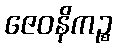
ဇေဝနိကဉ္စ